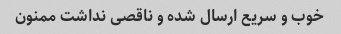
خوب و سریع ارسال شده و ناقصی نداشت ممنون